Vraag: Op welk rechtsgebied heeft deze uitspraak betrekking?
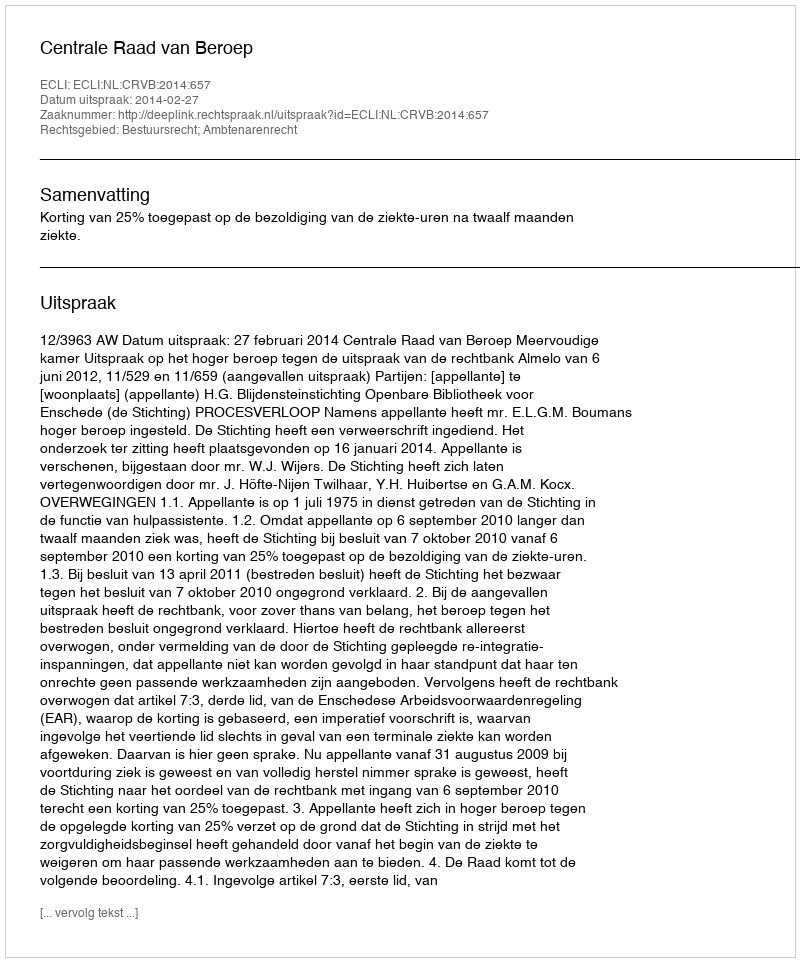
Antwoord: Bestuursrecht; Ambtenarenrecht